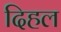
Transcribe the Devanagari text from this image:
दिहल